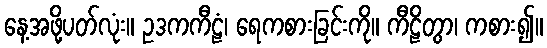
နေ့အဖို့ပတ်လုံး။ ဥဒကကီဠံ၊ ရေကစားခြင်းကို။ ကီဠိတွာ၊ ကစား၍။